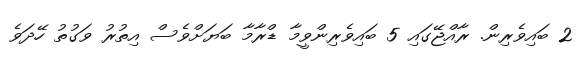
2 ބައިވެރިން. ރާއްޖޭގައި 5 ބައިވެރިންވީމާ ޑްރާމާ ބަޔަށްވެސް އިތުރު ވަގުތު ހޭދަވެ